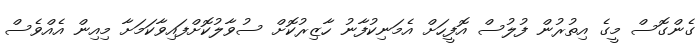
ގެންގޮސް މީގެ އިތުރުން ފުލުސް އޮފީހަށް އެމަނިކުފާނު ހާޒިރުކޮށް ސުވާލުކޮށްފައިވާކަމަށާ މިއިން އެއްވެސް